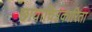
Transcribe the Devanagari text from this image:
छायाचित्रकारिता